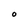
Character: O